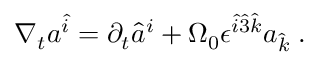
\nabla _ { t } a ^ { \hat { i } } = \partial _ { t } \hat { a } ^ { i } + { \Omega } _ { 0 } { \epsilon } ^ { \hat { i } \hat { 3 } \hat { k } } a _ { \hat { k } } \; .